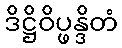
ဒိဋ္ဌိဝိပ္ဖန္ဒိတံ